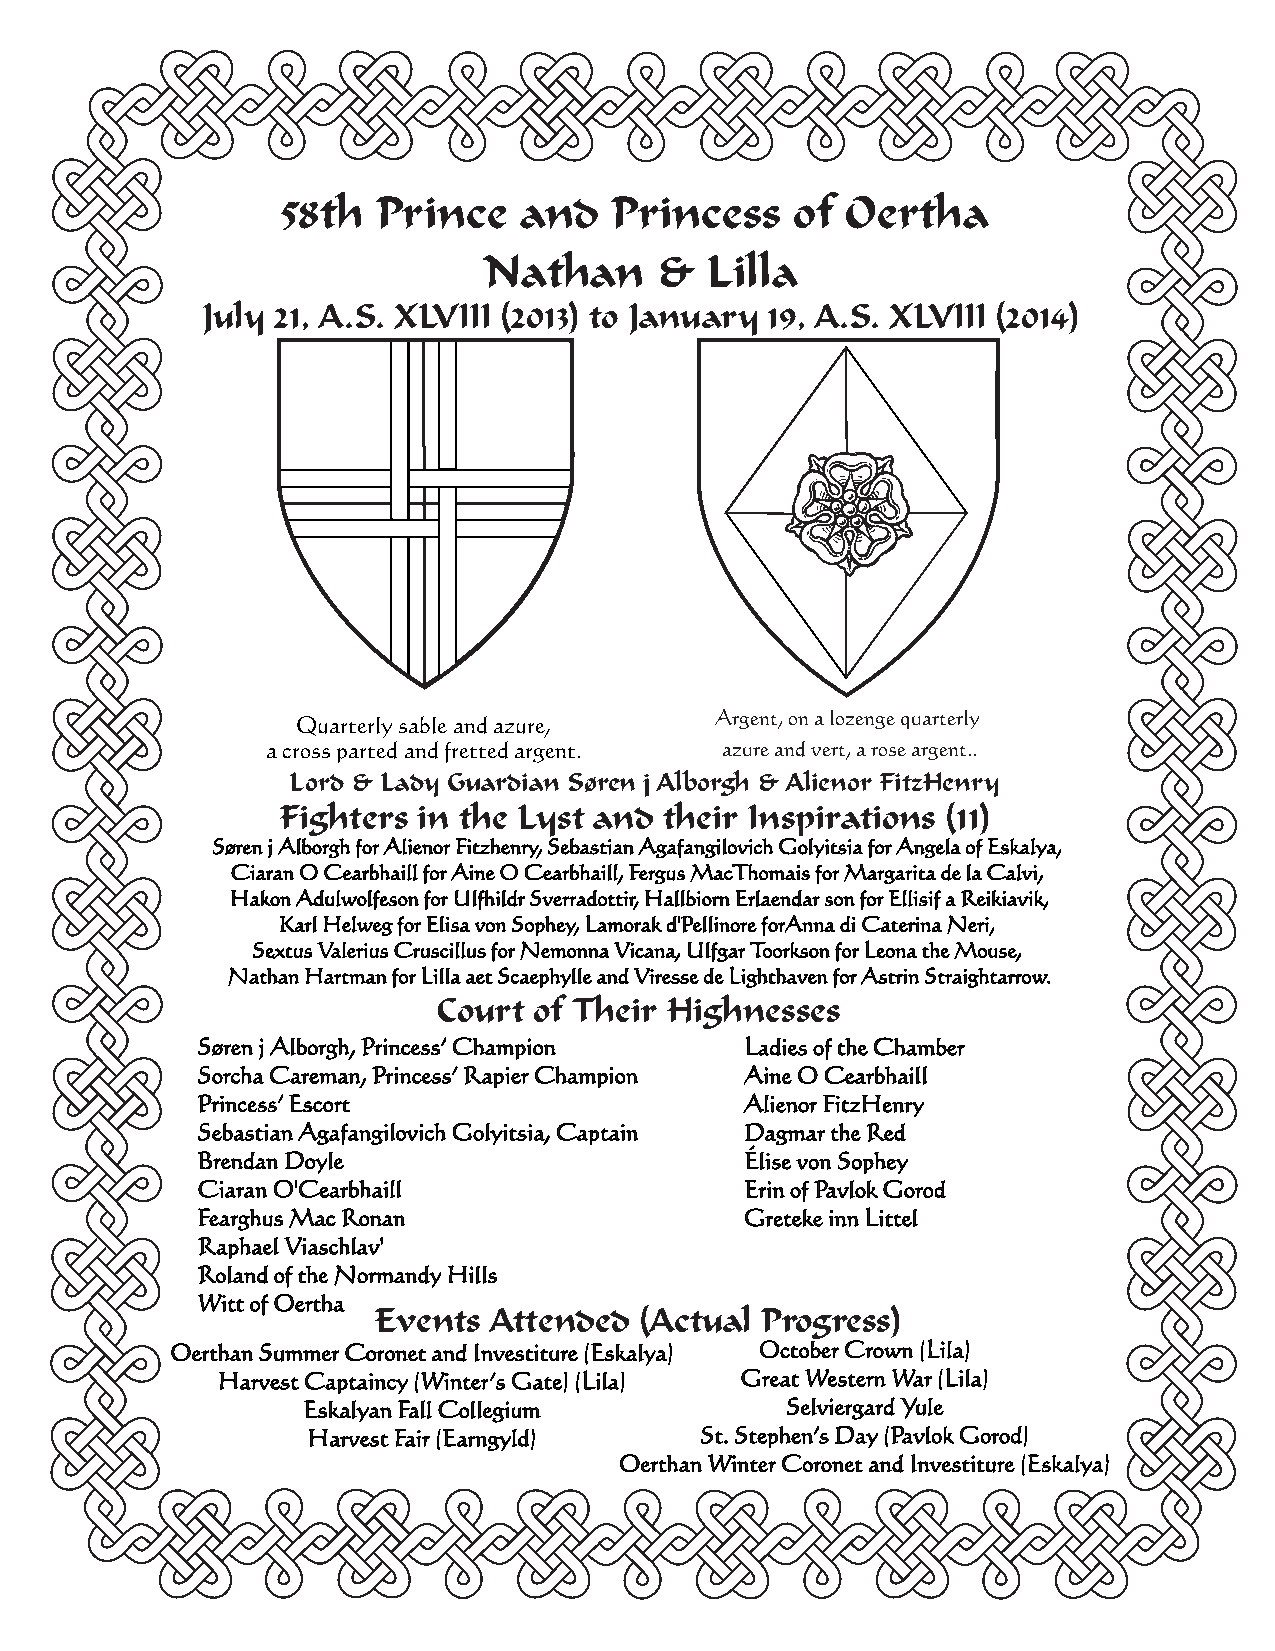
58th  Prince   and   Princess     of Oertha
 Nathan     &   Lilla
 July 21, A.S. XLVIII (2013) to January 19, A.S. XLVIII (2014)
 Quarterly sable and azure, Argent, on a lozenge quarterly
 a cross parted and fretted argent. azure and vert, a rose argent..
 Lord & Lady Guardian Søren j Alborgh & Alienor FitzHenry
 Fighters in the Lyst and their Inspirations (11)
 Søren j Alborgh for Alienor Fitzhenry, Sebastian Agafangilovich Golyitsia for Angela of Eskalya,
 Ciaran O Cearbhaill for Aine O Cearbhaill, Fergus MacThomais for Margarita de la Calvi,
 Hakon Adulwolfeson for Ulfhildr Sverradottir, Hallbiorn Erlaendar son for Ellisif a Reikiavik,
 Karl Helweg for Elisa von Sophey, Lamorak d'Pellinore forAnna di Caterina Neri,
 Sextus Valerius Cruscillus for Nemonna Vicana, Ulfgar Toorkson for Leona the Mouse,
 Nathan Hartman for Lilla aet Scaephylle and Viresse de Lighthaven for Astrin Straightarrow.
 Court of Their Highnesses
 Søren j Alborgh, Princess’ Champion Ladies of the Chamber
 Sorcha Careman, Princess’ Rapier Champion Aine O Cearbhaill
 Princess’ Escort                    Alienor FitzHenry
 Sebastian Agafangilovich Golyitsia, Captain Dagmar the Red
 Brendan Doyle                       Élise von Sophey
 Ciaran O'Cearbhaill                 Erin of Pavlok Gorod
 Fearghus Mac Ronan                  Greteke inn Littel
 Raphael Viaschlav'
 Roland of the Normandy Hills
 Witt of Oertha
 Events Attended  (Actual Progress)
 Oerthan Summer Coronet and Investiture (Eskalya) October Crown (Lila)
 Harvest Captaincy (Winter’s Gate) (Lila) Great Western War (Lila)
 Eskalyan Fall Collegium         Selviergard Yule
 Harvest Fair (Earngyld)   St. Stephen’s Day (Pavlok Gorod)
 Oerthan Winter Coronet and Investiture (Eskalya)